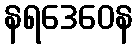
နရဒေဝေန